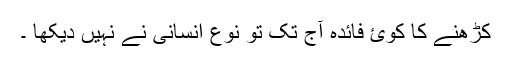
کڑھنے کا کوئ فائدہ آج تک تو نوع انسانی نے نہیں دیکھا ۔